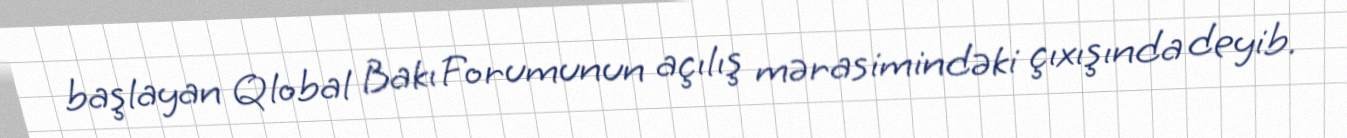
başlayan Qlobal Bakı Forumunun açılış mərasimindəki çıxışında deyib.